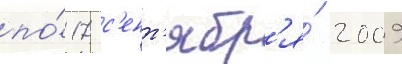
по́ 17 с'ент'ябр'я́ 2009